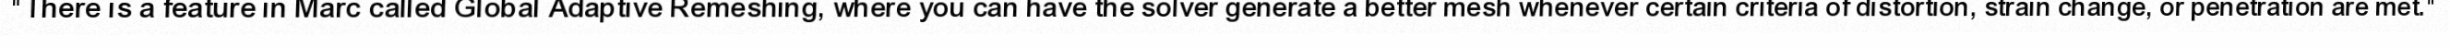
"There is a feature in Marc called Global Adaptive Remeshing, where you can have the solver generate a better mesh whenever certain criteria of distortion, strain change, or penetration are met."